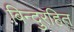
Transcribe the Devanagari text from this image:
बिन्दुरहित